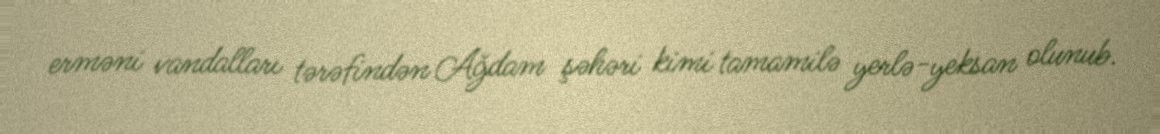
erməni vandalları tərəfindən Ağdam şəhəri kimi tamamilə yerlə-yeksan olunub.